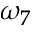
\omega _ { 7 }